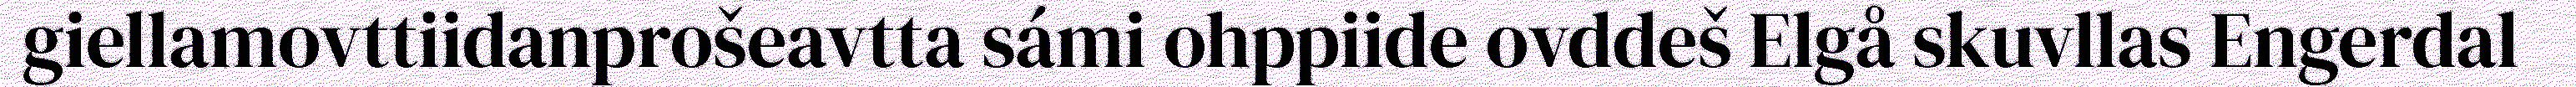
giellamovttiidanprošeavtta sámi ohppiide ovddeš Elgå skuvllas Engerdal